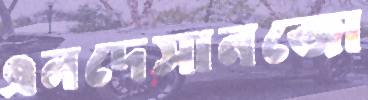
এনদেসানজো